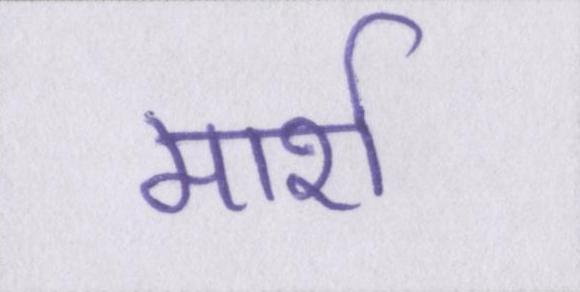
मार्श